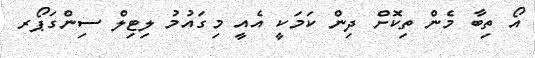
އޯ ތިބާ މެން ތިކޮށް ދިން ކަމަކީ އެއީ މިގައުމު ލިޓިލް ސިންގަޕޯރ